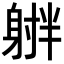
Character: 𪧻